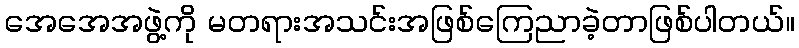
အေအေအဖွဲ့ကို မတရားအသင်းအဖြစ်ကြေညာခဲ့တာဖြစ်ပါတယ်။